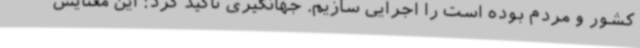
کشور و مردم بوده است را اجرایی سازیم. جهانگیری تاکید کرد: این معنایش